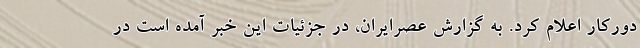
دورکار اعلام کرد. به گزارش عصرایران، در جزئیات این خبر آمده است در